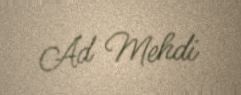
Ad Mehdi